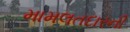
મામલતદારની